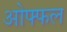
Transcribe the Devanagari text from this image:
ओफ्फल